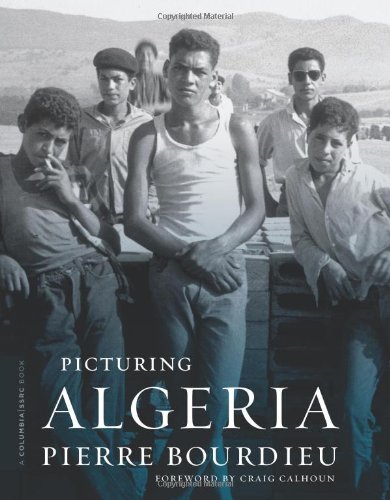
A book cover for Picturing Algeria (A Columbia / SSRC Book); Pierre Bourdieu; History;